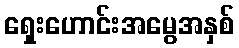
ရှေးဟောင်းအမွေအနှစ်